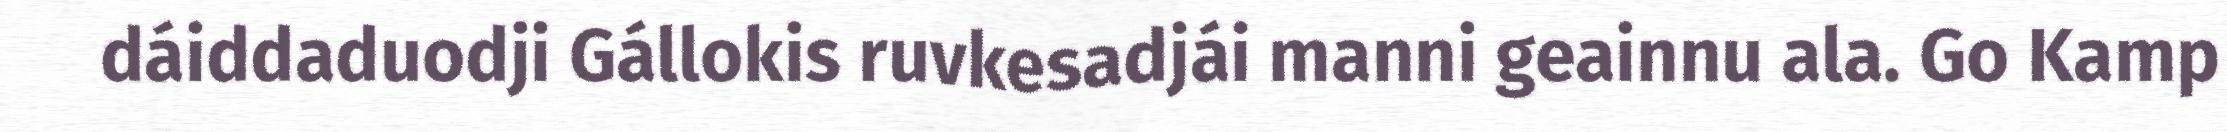
dáiddaduodji Gállokis ruvkesadjái manni geainnu ala. Go Kamp